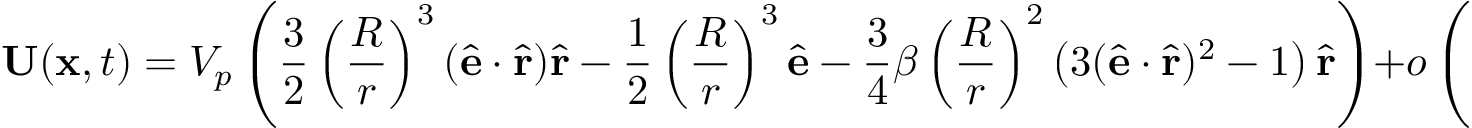
\mathbf { U } ( \mathbf { x } , t ) = V _ { p } \left( \frac { 3 } { 2 } \left( \frac { R } { r } \right) ^ { 3 } ( \hat { \mathbf { e } } \cdot \hat { \mathbf { r } } ) \hat { \mathbf { r } } - \frac { 1 } { 2 } \left( \frac { R } { r } \right) ^ { 3 } \hat { \mathbf { e } } - \frac { 3 } { 4 } \beta \left( \frac { R } { r } \right) ^ { 2 } \left( 3 ( \hat { \mathbf { e } } \cdot \hat { \mathbf { r } } ) ^ { 2 } - 1 \right) \hat { \mathbf { r } } \right) + o \left( \left( \frac { R } { r } \right) ^ { 4 } \right)